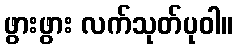
ဖွားဖွား လက်သုတ်ပုဝါ။